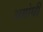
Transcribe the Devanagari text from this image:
अयोधी